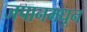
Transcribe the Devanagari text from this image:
जपानमधून